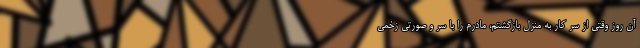
آن روز وقتی از سر کار به منزل بازگشتم، مادرم را با سر و صورتی زخمی